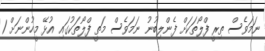
ނަމަވެސް ތިރީ ފްލޯތަކަށް ފެންލިބުނު ނަމަވެސް މަތީ ފްލޯތަކުގައި އުޅޭ މީހުންނަށް 1